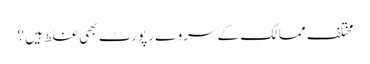
مختلف ممالک کے سروے رپورٹ بھی غلط ہیں ؟